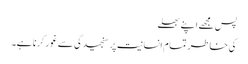
پس مجھے اپنے بھلے
کی خاطر تمام انسانیت پر سنجیدگی سے غور کرنا ہے۔